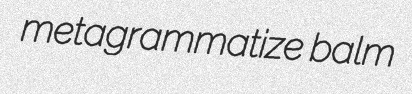
metagrammatize balm